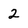
Character: 2